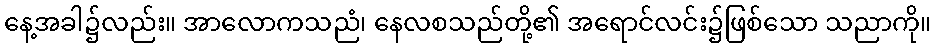
နေ့အခါ၌လည်း။ အာလောကသညံ၊ နေလစသည်တို့၏ အရောင်လင်း၌ဖြစ်သော သညာကို။